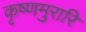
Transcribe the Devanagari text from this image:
कृष्णमुरारि